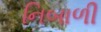
નિબાળી